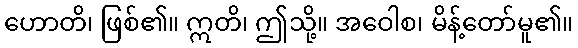
ဟောတိ၊ ဖြစ်၏။ ဣတိ၊ ဤသို့။ အဝေါစ၊ မိန့်တော်မူ၏။